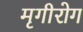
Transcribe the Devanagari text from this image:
मृगीरोग